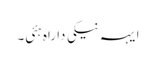
ایہہ نیکی دا راہ ہئی۔